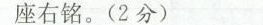
座右铭。(2分)